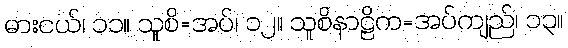
ဓားငယ်၊ ၁၁။ သူစိ=အပ်၊ ၁၂။ သူစိနာဠိက=အပ်ကျည်၊ ၁၃။